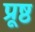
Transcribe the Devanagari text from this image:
प्रूष्ठ